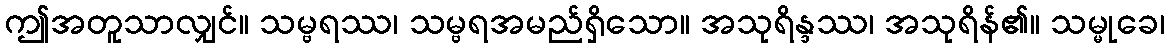
ဤအတူသာလျှင်။ သမ္ဗရဿ၊ သမ္ဗရအမည်ရှိသော။ အသုရိန္ဒဿ၊ အသုရိန်၏။ သမ္မုခေ၊